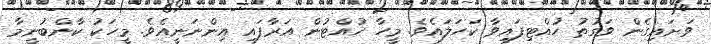
ވަށައިގެން ވަގުތު ހުއްޓިފައިވާ ކަހަލައެވެ. މީހާ ހުއްޓުން އަރާފައި އިންނަނީއެވެ. މީހަކު ކާންބުނީމާ